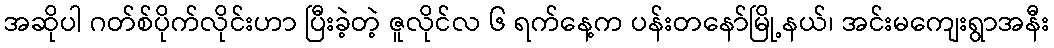
အဆိုပါ ဂတ်စ်ပိုက်လိုင်းဟာ ပြီးခဲ့တဲ့ ဇူလိုင်လ ၆ ရက်နေ့က ပန်းတနော်မြို့နယ်၊ အင်းမကျေးရွာအနီး